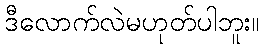
ဒီလောက်လဲမဟုတ်ပါဘူး။